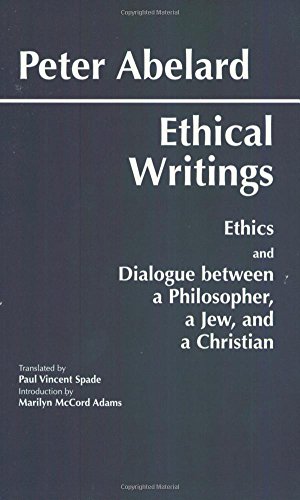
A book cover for Ethical Writings: 'Ethics' and 'Dialogue Between a Philosopher, a Jew and a Christian'; Peter Abelard; Politics & Social Sciences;